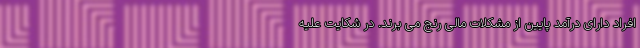
افراد دارای درآمد پایین از مشکلات مالی رنج می برند. در شکایت علیه